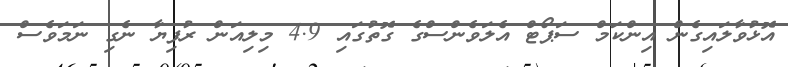
އޮޅުވާލައިގެން އިންކަމް ސަޕޯޓް އެލަވެންސްގެ ގޮތުގައި 4.9 މިލިއަން ރުފިޔާ ނެގި ނަމަވެސް